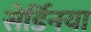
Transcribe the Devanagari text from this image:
सेर्डिनया